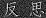
反思